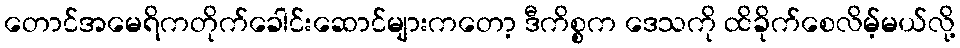
တောင်အမေရိကတိုက်ခေါင်းဆောင်များကတော့ ဒီကိစ္စက ဒေသကို ထိခိုက်စေလိမ့်မယ်လို့